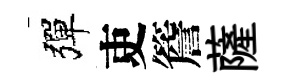
彈吏簷薩